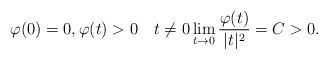
\begin{align*}\varphi(0)=0, \varphi(t) >0 \quad t\neq 0 \lim_{t \to 0} \frac{\varphi(t)}{|t|^2}=C>0.\end{align*}